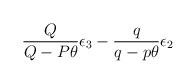
LaTeX: \begin{align*}\frac{Q}{Q-P\theta}\epsilon_3- \frac{q}{q-p\theta}\epsilon_2\end{align*}